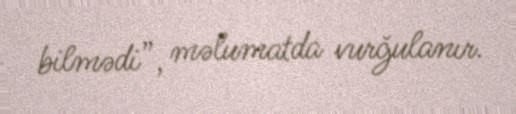
bilmədi”, məlumatda vurğulanır.